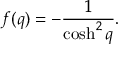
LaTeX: f ( q ) = - \frac { 1 } { \cosh ^ { 2 } q } .